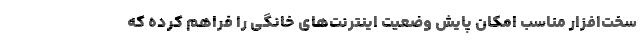
سخت‌افزار مناسب امکان پایش وضعیت اینترنت‌های خانگی را فراهم کرده که